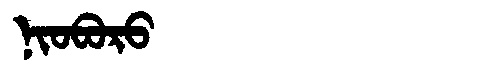
Manchu: ᠨᡳᠣᠪᠣᡵᠣ
Romanization: NIOBORO